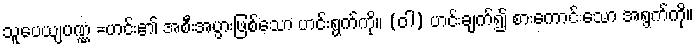
သူပေယျပဏ္ဏံ =ဟင်း၏ အစီးအပွားဖြစ်သော ဟင်းရွက်ကို။ (ဝါ) ဟင်းချက်၍ စားကောင်းသော အရွက်ကို။